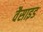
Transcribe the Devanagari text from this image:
वैसाइड